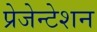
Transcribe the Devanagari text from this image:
प्रेजेन्टेशन